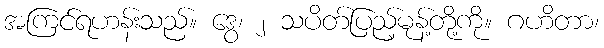
အကြင်ရဟန်းသည်။ ဒွေ၊ ၂ သပိတ်ပြည့်မုန့်တို့ကို။ ဂဟိတာ၊